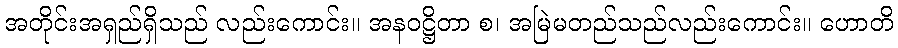
အတိုင်းအရှည်ရှိသည် လည်းကောင်း။ အနဝဋ္ဌိတာ စ၊ အမြဲမတည်သည်လည်းကောင်း။ ဟောတိ